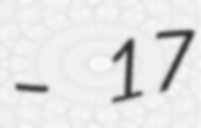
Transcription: – 17